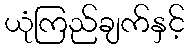
ယုံကြည်ချက်နှင့်